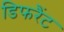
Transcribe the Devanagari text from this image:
डिफरैंट